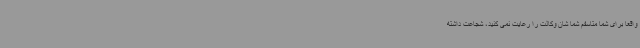
واقعا برای شما متاسفم شما شان وکالت را رعایت نمی کنید، شجاعت داشته